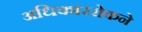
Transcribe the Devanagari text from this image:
अधिकाररोकने